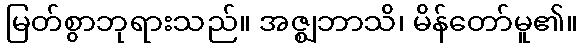
မြတ်စွာဘုရားသည်။ အဇ္ဈဘာသိ၊ မိန်တော်မူ၏။